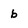
Character: b